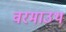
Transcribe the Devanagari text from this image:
वरमाउथ